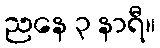
ညနေ ၃ နာရီ။